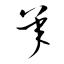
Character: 承